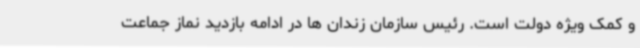
و کمک ویژه دولت است. رئیس سازمان زندان ها در ادامه بازدید نماز جماعت